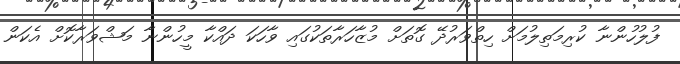
ފުލުހުންނާ ކުރިމަތިލުމަށް ހިތްވަރުދޭ ގޮތަށް މުޒާހަރާތަކުގައި ވާހަކަ ދައްކާ މީހުންނާ މަޝްވަރާކޮށް އެކަން